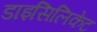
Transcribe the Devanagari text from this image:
डाइसिलिकेट